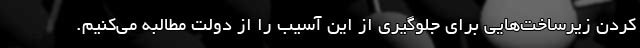
کردن زیرساخت‌هایی برای جلوگیری از این آسیب را از دولت مطالبه می‌کنیم.